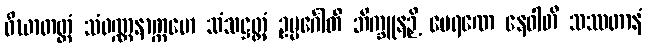
ဝိဃာတတ္ထံ သံဝဏ္ဏနာက္ကမော သံသဋ္ဌတ္တံ ဥမ္မင်္ဂေါတိ ဘိက္ခူနဉှိ ပေရဏေ နေဝါတိ သဿတာနံ